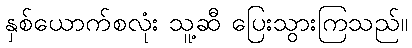
နှစ်ယောက်စလုံး သူ့ဆီ ပြေးသွားကြသည်။